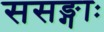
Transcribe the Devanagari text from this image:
ससङ्गाः